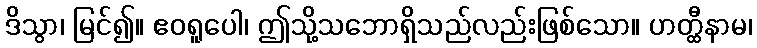
ဒိသွာ၊ မြင်၍။ ဧဝရူပေါ၊ ဤသို့သဘောရှိသည်လည်းဖြစ်သော။ ဟတ္ထီနာမ၊